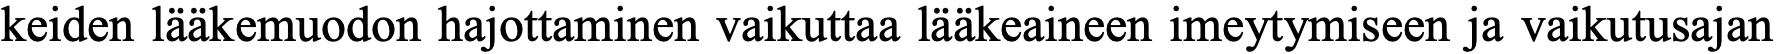
keiden lääkemuodon hajottaminen vaikuttaa lääkeaineen imeytymiseen ja vaikutusajan